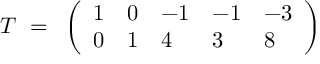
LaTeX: { \cal T } ~ = ~ \left( \begin{array} { l l l l l } { { 1 } } & { { 0 } } & { { - 1 } } & { { - 1 } } & { { - 3 } } \\ { { 0 } } & { { 1 } } & { { 4 } } & { { 3 } } & { { 8 } } \end{array} \right)